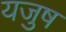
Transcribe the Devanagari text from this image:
यजुष